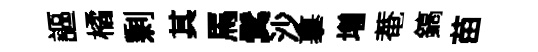
謳橘剰其馬鬂沙摹増菴鎬苗